Calcutta medical institutions reports 1879-81 [i.e.91]
Year: 1879
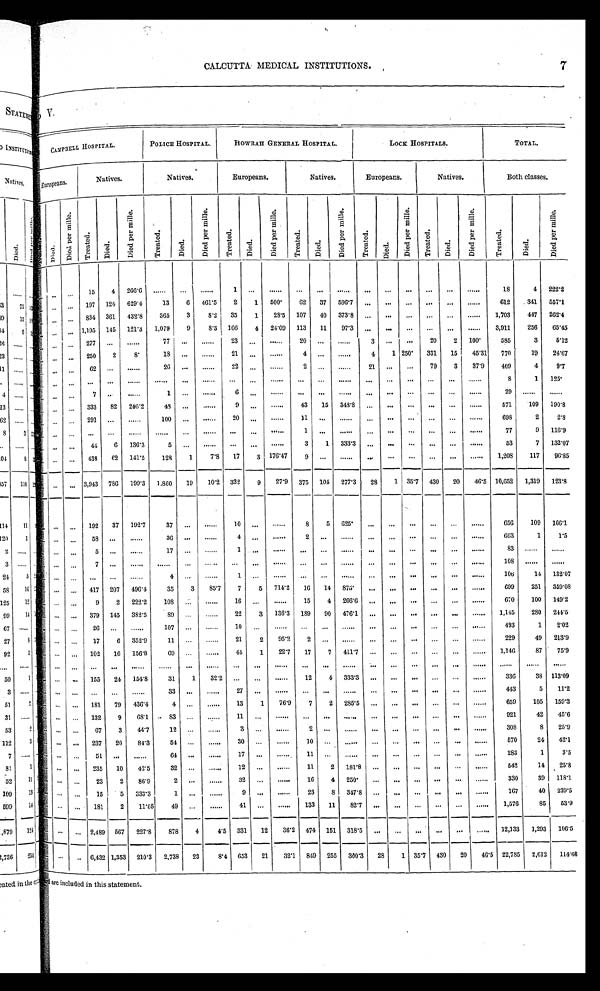
7
C A L C U T T A M E D I C A L I N S T I T U T I O N S .
CAMPBELL HOSPITAL.
P O L I C E H O S P I T A L .
H O W R A H G E N E R A L H O S P I T A L .
L O C K H O S P I T A L S .
T O T A L .
Europeans.
N a t i v e s .
N a t i v e s .
E u r o p e a n s .
N a t i v e s .
Europeans.
N a t i v e s .
B o t h c l a s s e s .
Tr e a t e d.
D i e d .
D i e d p e r m i l l e .
T r e a t e d .
D i e d .
D i e d p e r m i l l e .
T r e a t e d .
Died.
D i e d p e r m i l l e .
T r e a t e d .
D i e d .
D i e d p e r m i l l e .
T r e a t e d .
D i e d .
Di e d p e r mi l l e .
T r e a t e d .
Died.
D i e d p e r m i l l e .
T r e a t e d .
Died.
Di e d p e r mi l l e .
Treat ed.
D i e d .
D i e d p e r m i l l e .
. . .
. . .
. . .
1 5
4
2 6 6 . 6
. . . . . .
. . .
. . . . . .
1
. . .
. . . . . .
. . .
. . .
. . .
. . .
. . .
. . . .
. . .
. . .
. . . . . .
1 8
4
2 2 2 . 2
. . .
. . .
. . .
1 9 7
1 2 4
6 2 9 . 4
1 3
6
4 6 1 . 5
2
1
5 0 0
6 2
3 7
5 9 6 . 7
. . .
. . .
. . .
. . .
. . .
. . . . . .
6 1 2
3 4 1
5 5 7 . 1
. . .
. . .
. . .
8 3 4
3 6 1
4 3 2 . 8
3 6 5
3
8 . 2
3 5
1
2 8 . 5
1 0 7
4 0
3 7 3 . 8
. . .
. . .
. . .
. . .
. . .
. . .
1 , 7 0 3
4 4 7
2 6 2 . 4
. . .
. . .
. . .
1 , 1 9 5
1 4 5
1 2 1 . 3
1 , 0 7 9
9
8 . 3
1 6 6
4
2 4 . 0 9
1 1 3
1 1
9 7 . 3
. . .
. . .
. . .
. . .
. . .
. . . . . .
3 , 9 1 1
2 5 6
6 5 . 4 5
. . .
. . . . . .
2 7 7
. . .
. . . . . .
7 7
. . .
. . .
2 3
. . .
. . .
2 0
. . .
. . .
3
. . .
. . .
2 0
2
1 0 0
5 8 5
3
5 . 1 2
. . .
. . .
. . .
2 5 0
2
8
1 8
. . .
. . . . . .
2 1
. . .
. . . . .
4
. . .
. . . . . .
4
1
2 5 0
3 3 1
1 5
4 5 . 3 1
7 7 0
1 9
2 4 . 6 7
. . . . . .
. . .
6 2
. . .
. . . . . .
2 6
. . .
. . . . . .
2 2
. . .
. . . . . .
2
. . .
. . . . . .
2 1
. . . . .
. . .
7 9
3
3 7 . 9
4 0 9
4
9 . 7
. . . . . .
. . .
. . .
. . .
. . .
. . . . . .
. . .
. . .
. . .
. . .
. . .
. . .
. . .
. . .
. . .
. . . . . .
. . . .
. . . .
. . .
. . . . . .
8
1
1 2 5
. . . . . .
. . .
7
. . .
. . . . . .
1
. . .
. . . . . .
6
. . .
. . . . . .
. . . .
. . .
. . . . . .
. . .
. . . .
. . .
. . .
. . .
. . . . . .
2 9
. . . . . .
. . . . . .
. . .
. . .
. . .
3 3 3
8 2
2 4 6 . 2
4 8
. . .
. . . . . .
9
. . .
. . . . .
4 3
1 5
3 4 8 . 8
. . .
. . .
. . .
. . .
. . .
. . . . . .
5 7 1
1 0 9
1 9 0 . 8
. . .
. . .
. . .
2 9 1
. . .
. . . . . .
1 0 0
. . .
. . . . . .
2 0
. .
. . . . .
1 1
. . .
. . . . . .
. . .
. . .
. . .
. . .
. . .
. . . . . .
6 9 8
2
2 . 8
. . .
. . .
. . .
. . .
. . .
. . .
. . . . . .
. . . . . .
. . .
. . .
. . .
1
. . .
. . . . . .
. . .
. . .
. . .
. . .
. . .
. . . . . .
7 7
9
1 1 6 . 9
. . .
. . .
. . .
4 4
6
1 3 6 . 3
5
. . .
. . . . . .
. . .
. . .
. . .
3
1
3 3 3 . 3
. . .
. . .
. . .
. . . .
. . .
. . . . . .
5 3
7
1 3 2 . 0 7
. . .
. . .
. . .
4 3 8
6 2
1 4 1 . 5
1 2 8
1
7 . 8
1 7
3
1 7 6 . 4 7
9
. . .
. . .
. . .
. . . .
. . .
. . .
. . . .
. . .
1 , 2 0 8
1 1 7
9 6 . 8 5
. . .
. . .
. . .
3 , 9 4 3
7 8 6
1 9 9 . 3
1 . 8 6 0
1 9
1 0 . 2
3 2 2
9
2 7 . 9
3 7 5
1 0 4
2 7 7 . 3
2 8
1
3 5 . 7
4 3 0
2 0
4 6 . 5
1 0 , 6 5 2
1 , 3 1 9
1 2 3 . 8
. . .
. . .
. . .
1 9 2
3 7
1 9 2 . 7
3 7
. . .
. . .
1 0
. . .
. . .
8
5
6 2 5
. . .
. . .
. . . .
. . .
. . .
. . .
6 5 6
1 0 9
1 6 6 . 1
. . .
. . .
. . .
5 8
. . .
. . .
3 6
. . .
. . .
4
. . .
. . .
2
. . .
. . .
. . .
. . . .
. . .
. . .
. . .
. . .
6 6 3
1
1 . 5
. . .
. . .
. . .
5
. . .
. . .
1 7
. . .
. . .
1
. . .
. . .
. . .
. . .
. . .
. . . .
. . .
. . .
. . .
. . .
. . .
8 3
. . . . . .
. . . . . .
. . .
. . .
. . .
7
. . .
. . .
. . .
. . .
. . .
. . .
. .
. . .
. . .
. . . .
. . .
. . .
. . .
. . .
. . .
. . .
. . .
1 0 8
. . . . . .
. . . . . .
. .
. . .
. . .
. . .
. . .
. . .
4
. . .
. . . . .
1
. .
. . .
. . .
. . .
. . .
. . .
. . .
. . .
. . .
. . .
. . .
1 0 6
1 4
1 3 2 . 0 7
. . .
. . .
. . .
4 1 7
2 0 7
4 9 6 . 4
3 5
3
8 5 . 7
7
5
7 1 4 . 2
1 6
1 4
8 7 5
. . .
. . .
. . .
. . .
. . .
. . .
6 9 9
2 5 1
3 5 9 . 0 8
. . .
. . .
. . .
9
2
2 2 2 . 2
1 0 8
. . .
. . .
1 6
. . .
. . .
1 5
4
2 6 6 . 6
. . .
. . .
. . .
. . .
. . .
. . .
6 7 0
1 0 0
1 4 9 . 2
. . .
. . .
. . .
3 7 9
1 4 5
3 8 2 . 5
8 9
. . .
. . .
2 2
3
1 3 6 . 3
1 8 9
9 0
4 7 6 . 1
. . .
. . .
. . . .
. . . .
. . .
. . .
1 , 1 4 5
2 8 0
2 4 4 . 5
. . .
. . .
. . .
2 6
. . .
. . .
1 0 7
. . .
. . .
1 0
. . .
. . .
. . .
. . . .
. . .
. . . .
. . . .
. . .
. . .
. . .
. . .
4 9 3
1
2 . 0 2
. . .
. . .
. . .
1 7
6
3 5 2 . 9
1 1
. . .
. . .
2 1
2 9 5 . 2
2
. . .
. . .
. . .
. . .
. . .
. . .
. . .
. . .
2 2 9
4 9
2 1 3 . 9
. . .
. . .
. . .
1 0 2
1 6
1 5 6 . 8
6 9
. . .
. . .
4 4
1 2 2 . 7
1 7
7
4 1 1 . 7
. . .
. . .
. . .
. . .
. . .
. . .
1 , 1 4 6
8 7
7 5 . 9
. . .
. . .
. . .
. . .
. . .
. . .
. . .
. . .
. . .
. . .
. . . . . .
. . .
. . .
. . . . . .
. . .
. . .
. . .
. . .
. . . .
. . .
. . .
. . .
. . .
. . .
. . .
. . .
1 5 5
2 4
1 5 4 . 8
3 1
1
3 2 . 2
. . .
. . . .
. . .
1 2
4
3 3 3 . 3
. . .
. . .
. . .
. . .
. . .
. . .
3 3 6
3 8
1 1 3 . 0 9
. . .
. . .
. . .
. . .
. . .
. . .
3 3
. . .
. . .
2 7
. .
. . . . .
. . .
. . .
. . .
. . .
. . .
. . .
. . .
. . .
. . .
4 4 3
5
1 1 . 2
. . .
. . .
. . .
1 8 1
7 9
4 3 6 . 4
4
. . .
. . .
1 3
1
7 6 . 9
7
2
2 8 5 . 5
. . .
. . .
. . . .
. . .
. . .
. . .
6 5 9
1 0 5
1 5 9 . 3
. . .
. . .
. . .
1 3 2
9 6 8 . 1
8 3
. . .
. . .
1 1
. . .
. . .
. . .
. . .
. . .
. . .
. . .
. . .
. . .
. . .
. . .
9 2 1
4 2
4 5 . 6
. . .
. . .
. . .
6 7
3
4 4 . 7
1 2
. . .
. . .
3
. . .
. . .
2
. . .
. . .
. . .
. . .
. . .
. . .
. . .
. . .
3 0 8
8
2 5 . 9
. . .
. . .
. . .
2 3 7
2 0
8 4 . 3
5 4
. . .
. . .
3 0
. . .
. . .
1 0
. . .
. . .
. . .
. . .
. . . .
. . .
. . .
. . .
5 7 0
2 4
4 2 . 1
. . .
. . .
. . .
5 1
. . .
. . .
6 4
. . .
. . .
1 7
. . .
. . .
1 1
. . .
. . .
. . .
. . .
. . .
. . .
. . . .
. . .
2 8 3
1
3 . 5
. . .
. . .
. . .
2 3 5
1 0
4 2 . 5
3 2
. . .
. . .
1 2
. .
. . .
1 1
2
1 8 1 . 8
. . .
. . .
. . .
. . . .
. . .
. . .
5 4 2
1 4
2 5 . 8
...
. . .
. . .
2 3
2
8 6 . 9
2 . . .
. . .
3 2 . . .
. . .
1 6
4
2 5 0
. . .
. . .
. . .
. . .
. . .
. . .
3 3 0
3 9 1 1 8 . 1
...
. . .
. . .
1 5
5
3 3 3 . 3
1
. . .
. . .
9
. . .
. . .
2 3
8
3 4 7 . 8
. . .
. . .
. . .
. . .
. . . .
. . .
1 6 7
4 0
2 3 9 . 5
. . .
. . .
. . .
1 8 1
2
1 1 . 0 5
4 9
. . .
. . .
4 1
. . .
. . .
1 3 3
1 1
8 2 . 7
. . .
. . .
. . .
. . .
. . .
. . .
1 , 5 7 6
8 5
5 3 . 9
. . .
. . .
. . .
2 , 4 8 9
5 6 7
2 2 7 . 8
8 7 8
4
4 . 5
3 3 1
1 2
3 6 . 2
4 7 4
1 5 1
3 1 8 . 5
. . .
. . .
. . . .
. . .
. . .
. . .
1 2 , 1 3 3
1 , 2 9 3
1 0 6 . 5
. . .
. . .
. . .
6 , 4 3 2
1 , 3 5 3
2 1 0 . 3
2 , 7 3 8
2 3
8 . 4
6 5 3
2 1
3 2 . 1
8 4 9
2 5 5
3 0 0 . 3
2 8 1
3 5 . 7
4 3 0
2 0
4 6 . 5
2 2 , 7 8 5
2 , 6 1 2
1 1 4 . 6 8
are included in this statement.